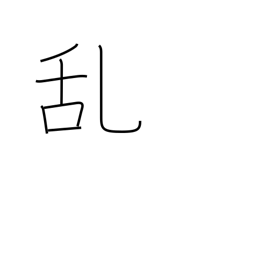
Meaning: disorder